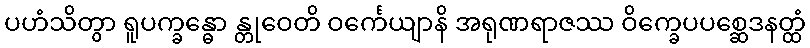
ပဟံသိတွာ ရူပက္ခန္ဓော န္တုဝေတိ ဝင်္ကေယျာနိ အရုဏရာဇဿ ဝိက္ခေပပစ္ဆေဒနတ္ထံ